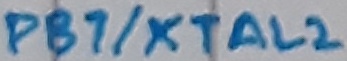
Text: PB1/XTAL2